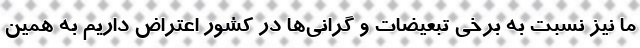
ما نیز نسبت به برخی تبعیضات و گرانی‌ها در کشور اعتراض داریم به همین